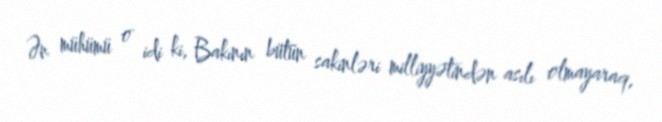
Ən mühümü o idi ki, Bakının bütün sakinləri milliyyətindən asılı olmayaraq,